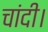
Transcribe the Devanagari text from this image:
चांदी।